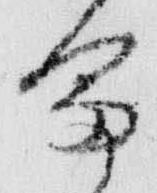
富